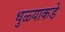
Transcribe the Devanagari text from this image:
धुळ्याकडे